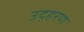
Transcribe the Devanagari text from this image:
उद्हरण